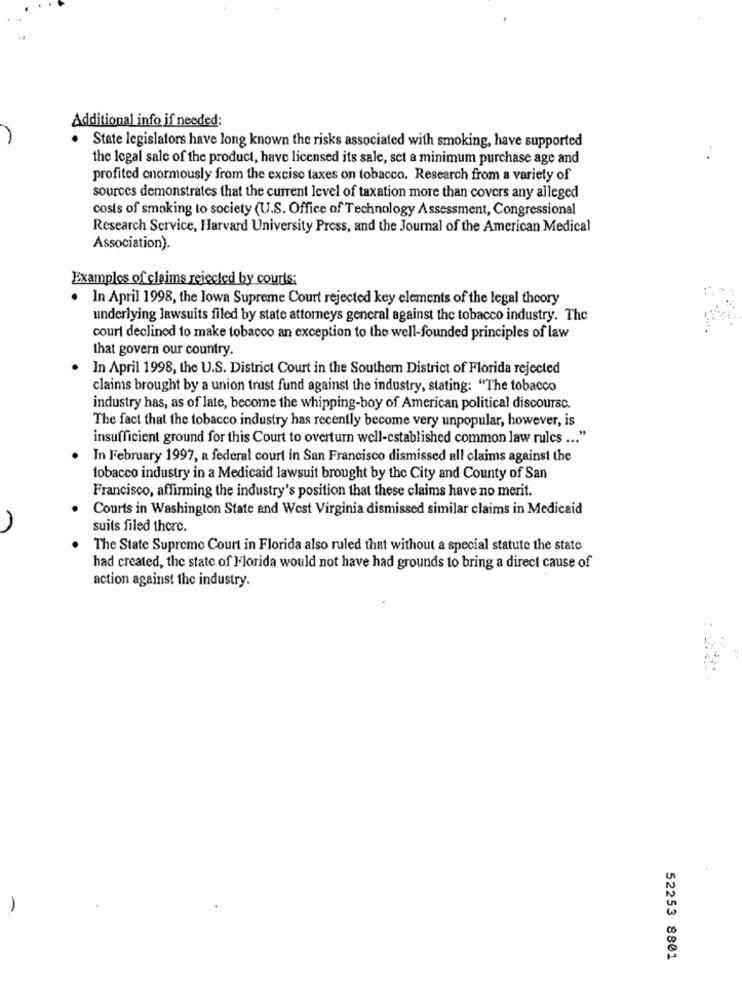
Additional info if needed:
State legislators have long known the risks associated with smoking, have supported
the legal sale of the product, have licensed its sale, set a minimum purchase age and
profited enormously from the excise taxes on tobacco. Research from a variety of
sources demonstrates that the current level of taxation more than covers any alleged
costs of smoking to society (U.S. Office of Technology Assessment, Congressional
Research Service, Harvard University Press, and the Journal of the American Medical
Association).
Examples of claims rejected by courts;
In April 1998, the Iowa Supreme Court rejected key elements of the legal theory
underlying lawsuits filed by state attorneys general against the tobacco industry. The
court declined to make tobacco an exception to the well-founded principles of law
that govern our country.
In April 1998, the U.S. District Court in the Southern District of Florida rejected
claims brought by a union trust fund against the industry, stating: "The tobacco
industry has, as of late, become the whipping-boy of American political discoursc.
The fact that the tobacco industry has recently become very unpopular, however, is
insufficient ground for this Court to overturn well-established common law rules ... "
In February 1997, a federal court in San Francisco dismissed all claims against the
tobacco industry in a Medicaid lawsuit brought by the City and County of San
Francisco, affirming the industry's position that these claims have no merit.
Courts in Washington State and West Virginia dismissed similar claims in Medicaid
suits filed there.
The State Supreme Court in Florida also ruled that without a special statute the state
had created, the state of Florida would not have had grounds to bring a direct cause of
action against the industry.
.
52253 8801